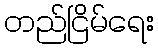
တည်ငြိမ်ရေး